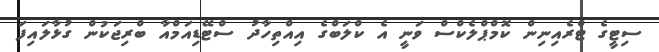
ސިޓީގެ ޓްރެއިނިން ކޮމްޕްލެކްސް ވަނީ އެ ކްލަބްގެ އިއްތިހާދު ސްޓޭޑިއަމްއާ ބްރިޖަކުން ގުޅާލައިފަ